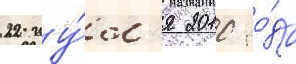
22 иу́л'я 2010 го́да